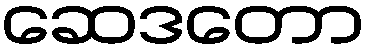
ဆေဒတော